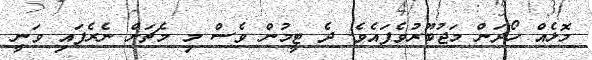
މޮޅެއް ހޯދަން މަޖުބޫރުވެފައެވެ. ދެ ޓީމުން ވެސް މި މެޗަށް ނެރެފައި ވަނީ